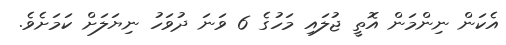
އެކަން ނިންމަން އޮތީ ޖުލައި މަހުގެ 6 ވަނަ ދުވަހު ނިޔަލަށް ކަމަށެވެ.